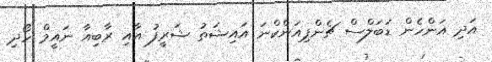
އަދި އަންހެން ޑަބަލްސް ޗެންޕިއަންކްނަ އައިޝަތު ޝަރީފު އާއި ރާބިއާ ނައީމް ހޯދި